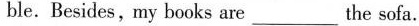
ble. Besides,my books are ___ the sofa.